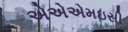
એએએમઇસી